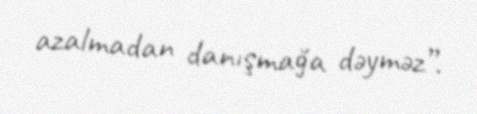
azalmadan danışmağa dəyməz”.